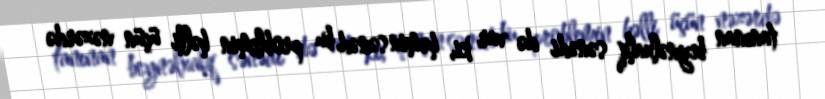
tanınan beynəlxalq sənədi də var ki, həmin sənəd bu problemin həlli üçün nəzərdə